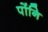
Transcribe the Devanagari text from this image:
पोंनि